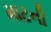
માટની